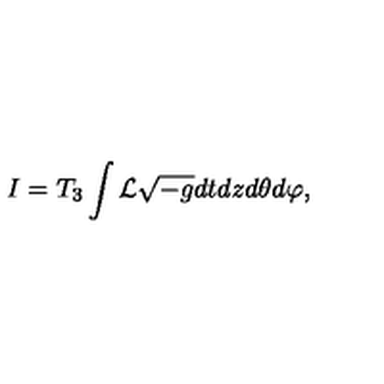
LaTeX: I = T _ { 3 } \int { \cal L } \sqrt { - g } d t d z d \theta d \varphi ,